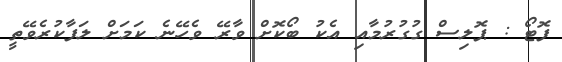
ފޮޓޯ : ޕޮލިސް ގުގުރުމާއި އެކު ބޯކޮށް ވާރޭ ވެހޭނެ ކަމަށް ލަފާކުރެވޭތީ